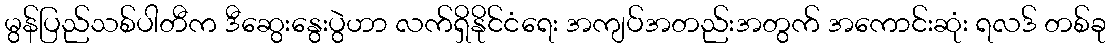
မွန်ပြည်သစ်ပါတီက ဒီဆွေးနွေးပွဲဟာ လက်ရှိနိုင်ငံရေး အကျပ်အတည်းအတွက် အကောင်းဆုံး ရလဒ် တစ်ခု